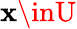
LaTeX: \mathbf{x}\inU